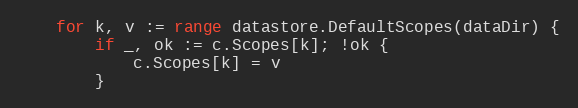
Language: Go
	for k, v := range datastore.DefaultScopes(dataDir) {
		if _, ok := c.Scopes[k]; !ok {
			c.Scopes[k] = v
		}